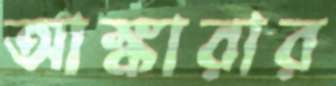
আঙ্কারার